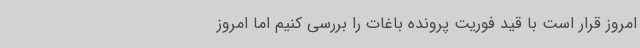
امروز قرار است با قید فوریت پرونده باغات را بررسی کنیم اما امروز